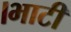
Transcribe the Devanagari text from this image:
।भाटी